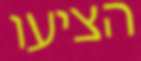
הציעו